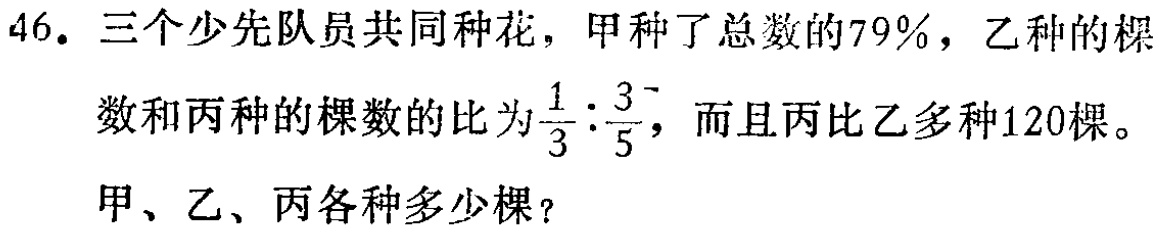
46. 三个少先队员共同种花，甲种了总数的79%，乙种的棵数和丙种的棵数的比为$\frac{1}{3}:\frac{3}{5}$，而且丙比乙多种120棵。甲、乙、丙各种多少棵？